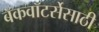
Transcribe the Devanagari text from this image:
बॅकवॉटर्सेसाठी